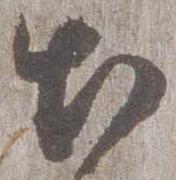
出